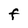
Character: F